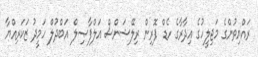
ރައްޔިތުންގެ މަޖިލީހުގެ އިދާރާގެ ހެޑް ފޮރިން ރިލޭޝަންސް އަލްފާޞިލް އަބްދުލް ހަމީދު ޒަކަރިއްޔާ